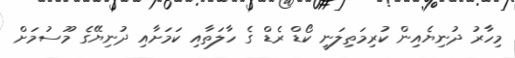
މިހާރު ދުނިޔެއިން ކުރިމަތިލަނީ ކޯޑް ރެޑް ގެ ހާލަތާއި ކަމަށާއި ދުނިޔޭގެ މޫސުމަށް